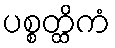
ပစ္စတ္ထိကံ